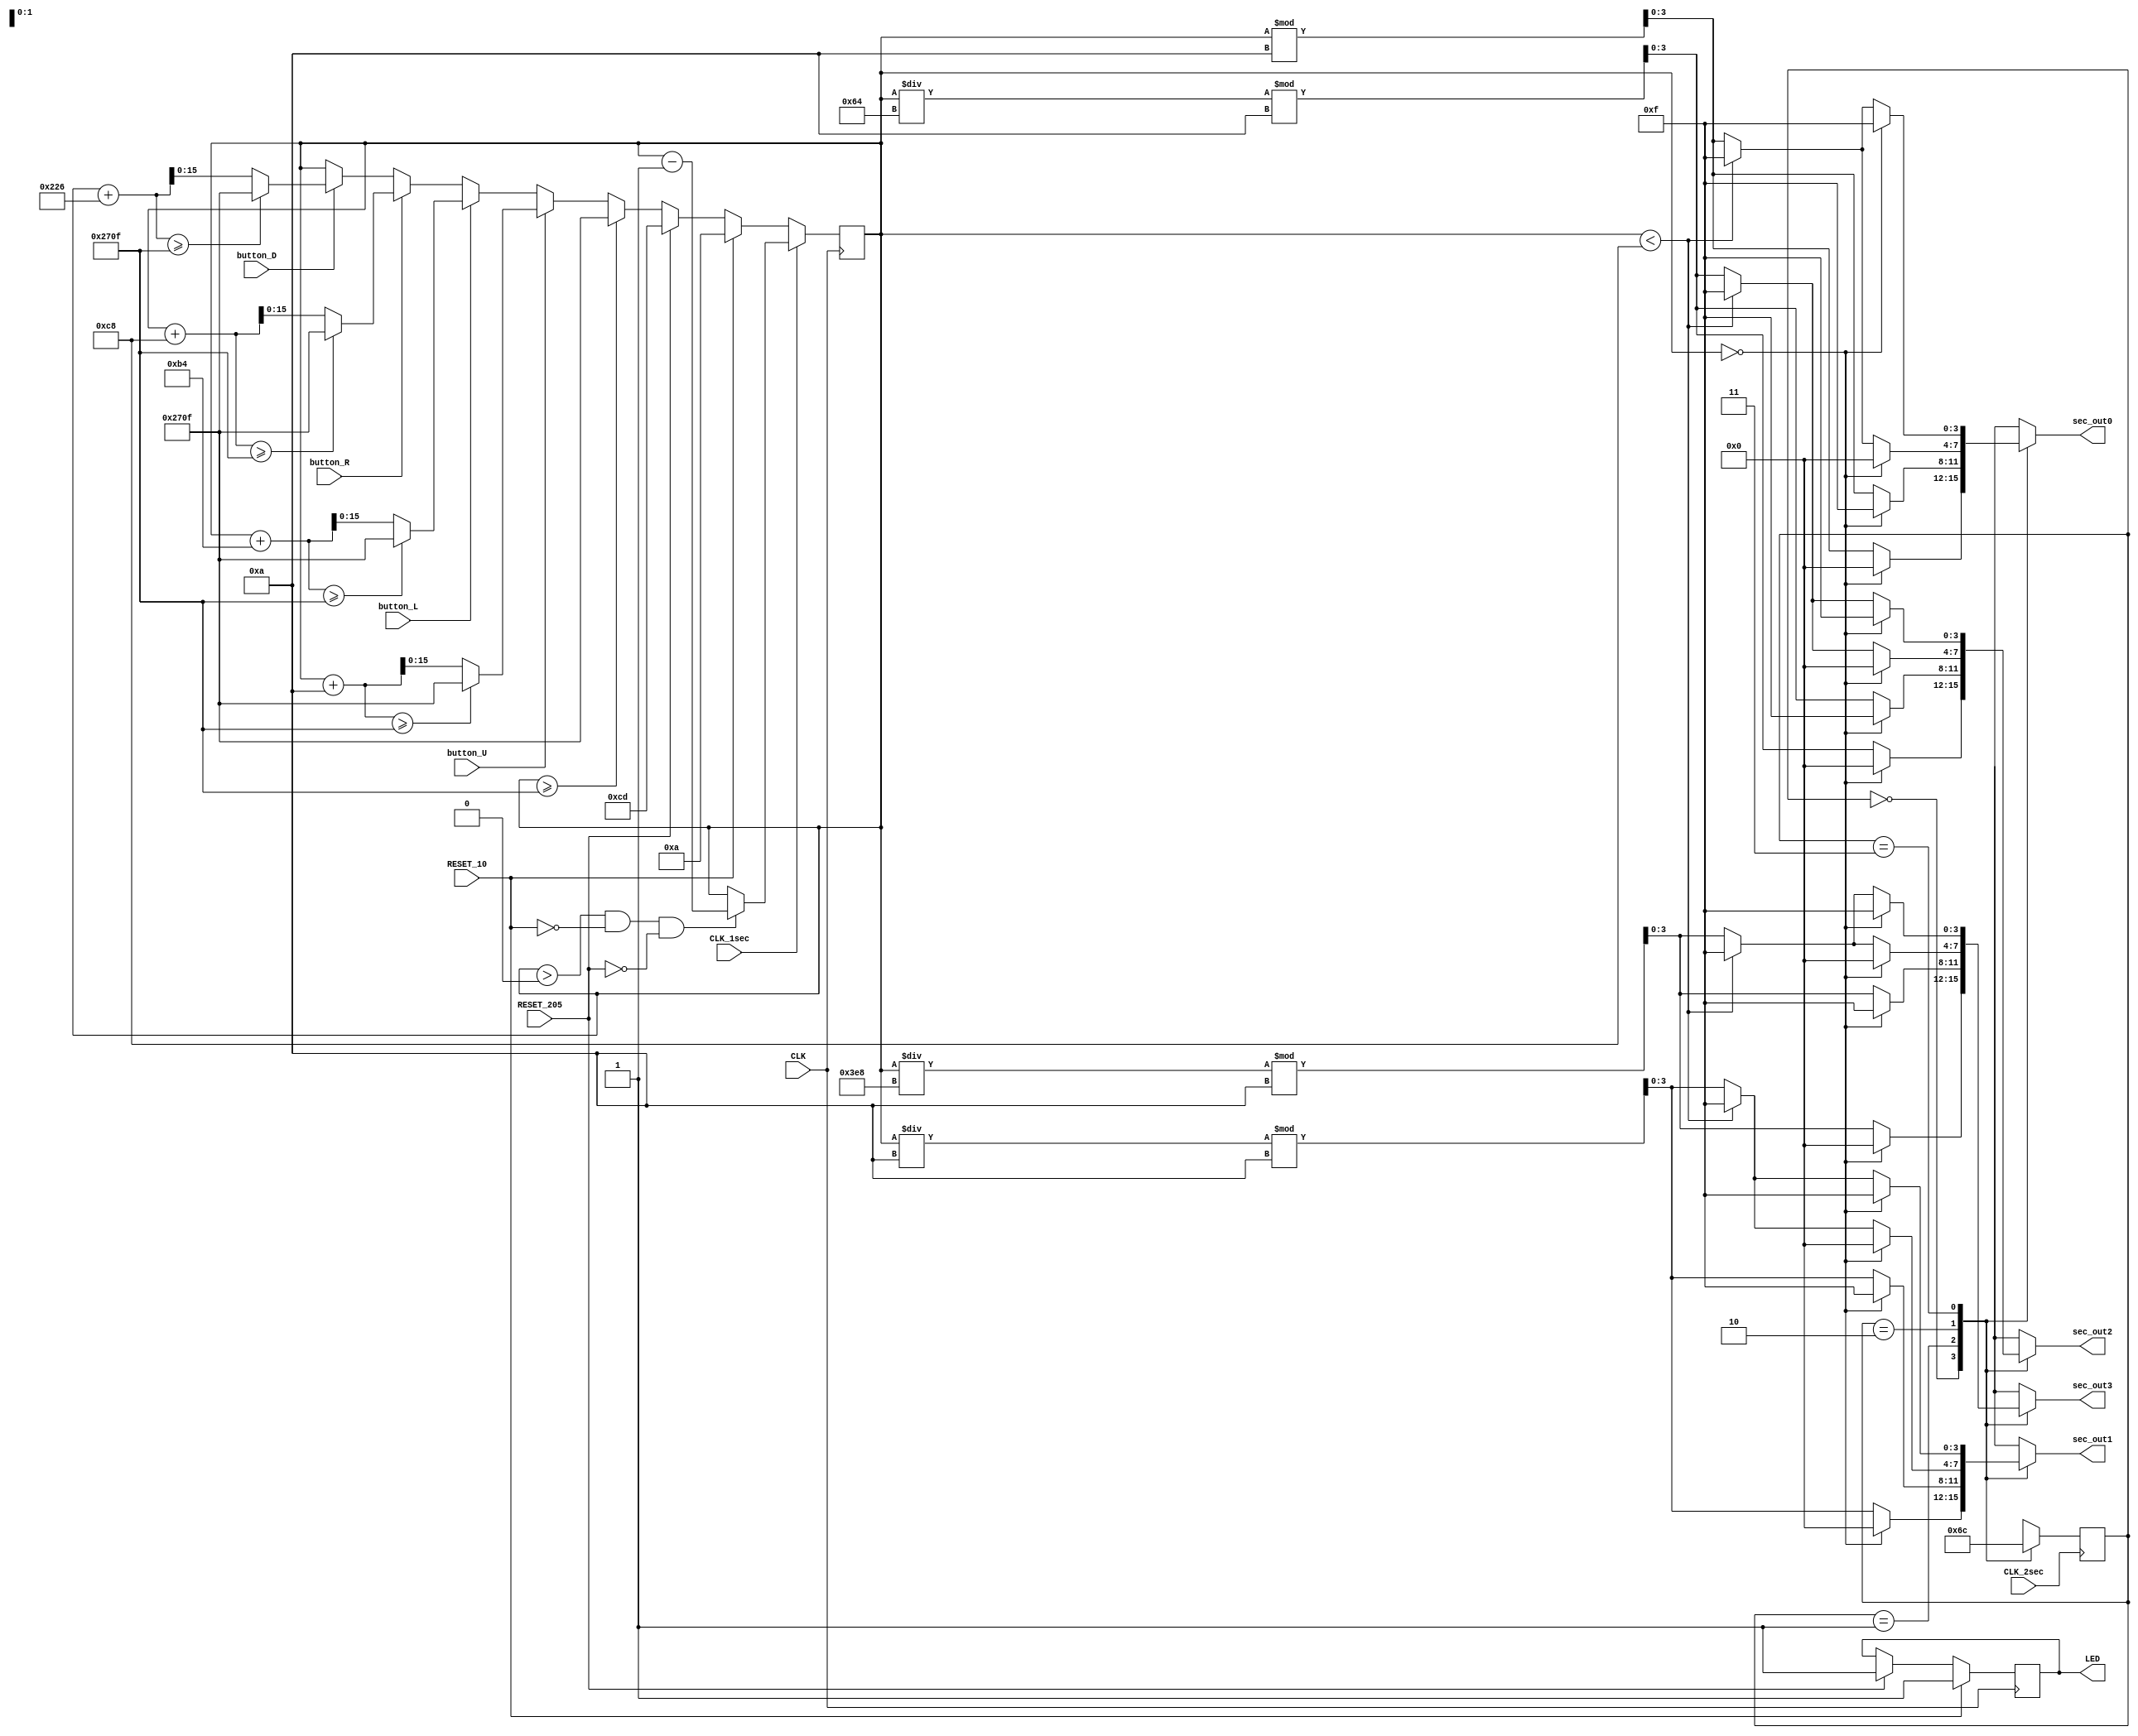
`timescale 1ns / 1ps
//////////////////////////////////////////////////////////////////////////////////
module button_counter(CLK, CLK_1sec, CLK_2sec, button_U, button_L, button_R, button_D, RESET_10, RESET_205, sec_out0, sec_out1, sec_out2, sec_out3, LED);
input CLK, CLK_1sec, CLK_2sec, button_U, button_L, button_R, button_D, RESET_10, RESET_205;
output reg LED;
output reg[3:0] sec_out0;
output reg[3:0] sec_out1;
output reg[3:0] sec_out2;
output reg[3:0] sec_out3;


reg[15:0] count;
reg[15:0] display_value;
reg[1:0] on_off;

reg[1:0] module_type;
reg[1:0] next_module;

initial 
begin
    count <= 0;
    display_value <= 0;
    on_off <= 0;
    LED <= 0;
end


always @(posedge CLK)
begin
    // first if 
    if(RESET_10)
    begin 
        count <= 10;
        LED <= 1;
    end
    else if(RESET_205)
    begin
        count <= 205;
        LED <= 1;
    end
    else if(count >= 9999)
    begin
        count <= 9999;
    end
    else if(button_U)
    begin
        if((count + 10) >= 9999)
        begin
            count <= 9999;
        end
        else
        begin 
            count <= count + 10;
        end
    end
    else if(button_L == 1)
    begin 
        if((count + 180) >= 9999)
        begin
            count <= 9999;
        end
        else
        begin 
            count <= count + 180;
        end
    end
    else if(button_R == 1)
    begin 
        if((count + 200) >= 9999)
        begin
            count <= 9999;
        end
        else
        begin 
            count <= count + 200;
        end
    end
    else if(button_D == 1)
    begin 
        if((count + 550) >= 9999)
        begin
            count <= 9999;
        end
        else
        begin 
            count <= count + 550;
        end
    end
    else
    begin
        count <= count; 
    end
    // second if
    if(CLK_1sec)
    begin
        if((count > 0) && (RESET_10 == 0) && (RESET_205 == 0))
        begin
            count <= count - 1;
        end
        else
        begin
            count <= count;
        end
     end
end



always @(*) 
    begin
        case(module_type)   
            2'b00: next_module = 2'b01;
            2'b01: next_module = 2'b10;
            2'b10: next_module = 2'b11;
            2'b11: next_module = 2'b00;
        endcase
    end    

always @(*)
    begin    
        case (module_type)
            2'b00: 
                begin
                    if((count == 0))
                    begin
                        sec_out0 <= 0;
                        sec_out1 <= 0;
                        sec_out2 <= 0;
                        sec_out3 <= 0;    
                    end
                    else if(count < 200)
                    begin
                        sec_out0 = (count % 10);
                        sec_out1 = ((count / 10) % 10);
                        sec_out2 = ((count / 100) % 10);
                        sec_out3 = ((count / 1000) % 10);
                    end  
                    else
                    begin
                        sec_out0 = (count % 10);
                        sec_out1 = ((count / 10) % 10);
                        sec_out2 = ((count / 100) % 10);
                        sec_out3 = ((count / 1000) % 10);
                    end    
                end
            2'b01:
                begin
                    if((count == 0))
                    begin
                        sec_out0 <= 4'b1111;
                        sec_out1 <= 4'b1111;
                        sec_out2 <= 4'b1111;
                        sec_out3 <= 4'b1111;    
                    end
                    else if(count < 200)
                    begin
                        sec_out0 = (count % 10);
                        sec_out1 = ((count / 10) % 10);
                        sec_out2 = ((count / 100) % 10);
                        sec_out3 = ((count / 1000) % 10);
                    end  
                    else
                    begin
                        sec_out0 = (count % 10);
                        sec_out1 = ((count / 10) % 10);
                        sec_out2 = ((count / 100) % 10);
                        sec_out3 = ((count / 1000) % 10);
                    end                       
                end
             
            2'b10:
                begin 
                    if(count == 0)
                    begin
                        sec_out0 <= 0;
                        sec_out1 <= 0;
                        sec_out2 <= 0;
                        sec_out3 <= 0;    
                    end
                    else if(count < 200)
                    begin
                        sec_out0 <= 4'b1111;
                        sec_out1 <= 4'b1111;
                        sec_out2 <= 4'b1111;
                        sec_out3 <= 4'b1111; 
                    end  
                    else
                    begin
                        sec_out0 = (count % 10);
                        sec_out1 = ((count / 10) % 10);
                        sec_out2 = ((count / 100) % 10);
                        sec_out3 = ((count / 1000) % 10);
                    end
                end
        2'b11:
            begin
                    if(count == 0)
                    begin
                        sec_out0 <= 4'b1111;
                        sec_out1 <= 4'b1111;
                        sec_out2 <= 4'b1111;
                        sec_out3 <= 4'b1111;    
                    end
                    else if(count < 200)
                    begin
                        sec_out0 <= 4'b1111;
                        sec_out1 <= 4'b1111;
                        sec_out2 <= 4'b1111;
                        sec_out3 <= 4'b1111; 
                    end  
                    else
                    begin
                        sec_out0 = (count % 10);
                        sec_out1 = ((count / 10) % 10);
                        sec_out2 = ((count / 100) % 10);
                        sec_out3 = ((count / 1000) % 10);
                    end
            end 
        default: 
            begin
                sec_out0 <= 0;
                sec_out1 <= 0;
                sec_out2 <= 0;
                sec_out3 <= 0;
            end
    endcase
end
    
always @(posedge CLK_2sec) 
    begin
        module_type <= next_module;
    end

endmodule